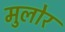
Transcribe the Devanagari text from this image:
मुलोर